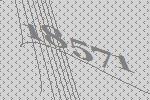
18571